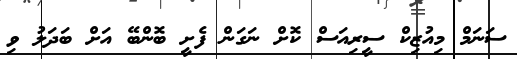
ސަނަމް މިއުޒިކް ސީރިއަސް ކޮށް ނަގަން ފެށީ ބޮންބޭ އަށް ބަދަލު ވި